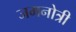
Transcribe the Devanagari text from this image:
जमनोत्री